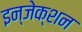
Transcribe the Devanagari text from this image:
इन्‍जेक्‍शन